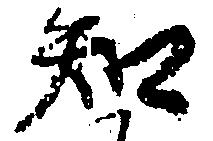
知